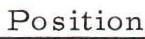
Position